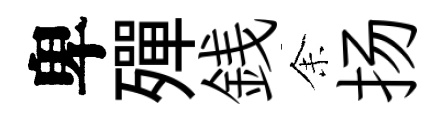
卑殫銭𪜬扬